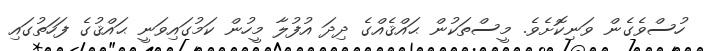
ހުސްވެގެން ވަނިކޮށެވެ. މީސްތަކުން ޙައްޤެއްގެ ދިދަ އުފުލާ މީހުން ކަމުގައިވަނީ ޙައްޤުގެ ފަހަތުގައި